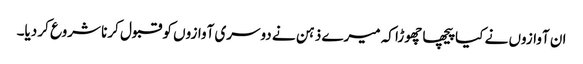
ان آوازوں نے کیا پیچھا چھوڑا کہ میرے ذہن نے دوسری آوازوں کو قبول کرنا شروع کر دیا۔